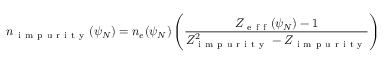
n _ { \mathrm { ~ i ~ m ~ p ~ u ~ r ~ i ~ t ~ y ~ } } ( \psi _ { N } ) = n _ { e } ( \psi _ { N } ) \left( \frac { Z _ { \mathrm { ~ e ~ f ~ f ~ } } ( \psi _ { N } ) - 1 } { Z _ { \mathrm { ~ i ~ m ~ p ~ u ~ r ~ i ~ t ~ y ~ } } ^ { 2 } - Z _ { \mathrm { ~ i ~ m ~ p ~ u ~ r ~ i ~ t ~ y ~ } } } \right)